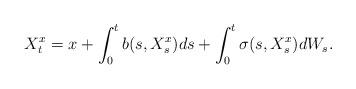
LaTeX: \begin{align*}X^x_t = x + \int_0^t b(s,X^x_s)ds + \int_0^t \sigma(s,X^x_s)dW_s.\end{align*}